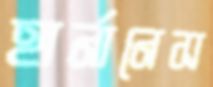
হার্নানেস